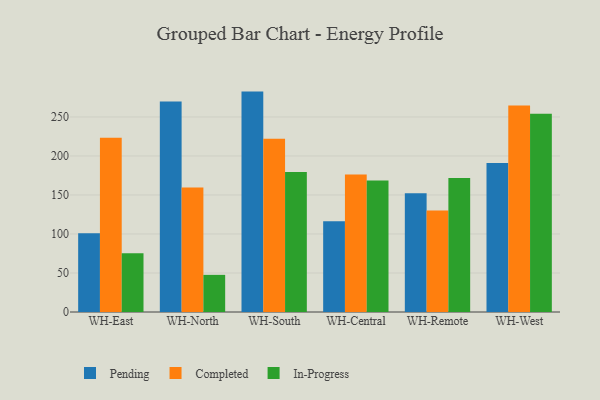
{"axis": {"x": "Warehouse", "y": "Operating Costs (USD K)"}, "legend": ["Completed", "In-Progress", "Pending"], "data": [{"x": "WH-East", "y": 100.8, "type": "Pending"}, {"x": "WH-East", "y": 223.5, "type": "Completed"}, {"x": "WH-East", "y": 75.4, "type": "In-Progress"}, {"x": "WH-North", "y": 269.8, "type": "Pending"}, {"x": "WH-North", "y": 159.6, "type": "Completed"}, {"x": "WH-North", "y": 47.6, "type": "In-Progress"}, {"x": "WH-South", "y": 282.5, "type": "Pending"}, {"x": "WH-South", "y": 222.0, "type": "Completed"}, {"x": "WH-South", "y": 179.6, "type": "In-Progress"}, {"x": "WH-Central", "y": 116.3, "type": "Pending"}, {"x": "WH-Central", "y": 176.3, "type": "Completed"}, {"x": "WH-Central", "y": 168.6, "type": "In-Progress"}, {"x": "WH-Remote", "y": 152.1, "type": "Pending"}, {"x": "WH-Remote", "y": 130.1, "type": "Completed"}, {"x": "WH-Remote", "y": 171.9, "type": "In-Progress"}, {"x": "WH-West", "y": 191.1, "type": "Pending"}, {"x": "WH-West", "y": 264.8, "type": "Completed"}, {"x": "WH-West", "y": 254.2, "type": "In-Progress"}]}